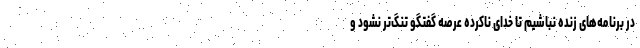
در برنامه‌های زنده نباشیم تا خدای ناکرده عرصه گفتگو تنگ‌تر نشود و